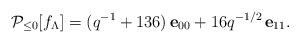
LaTeX: \begin{align*}{\mathcal P}_{\leq0}[f_{\Lambda}]=(q^{-1}+136)\,{\bf e}_{00}+16q^{-1/2}\,{\bf e}_{11}.\end{align*}